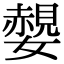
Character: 𡣅